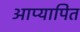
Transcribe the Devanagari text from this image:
आप्यापित